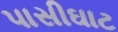
પાસીઘાટ